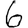
Digit: 6